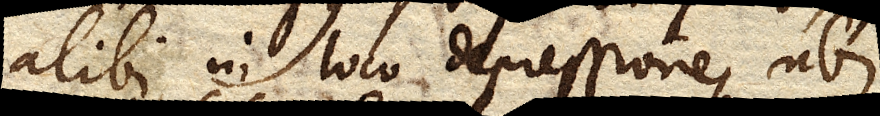
alibi, in loco depressione, ubi